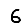
Digit: 6